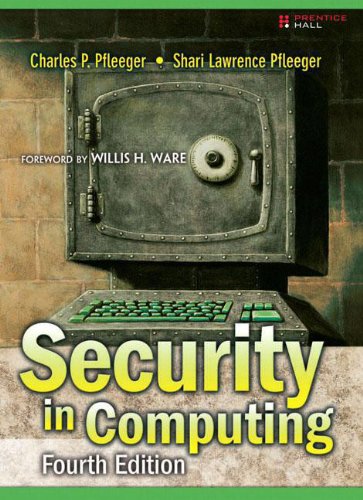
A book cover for Security in Computing, 4th Edition; Charles P. Pfleeger; Computers & Technology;